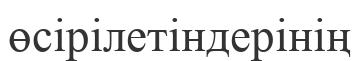
өсірілетіндерінің